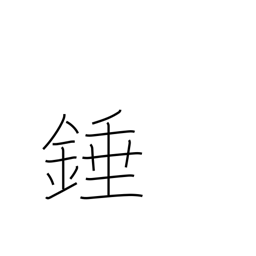
Meaning: plumb bob